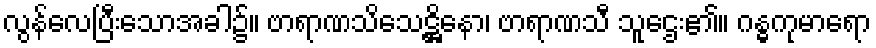
လွန်လေပြီးသောအခါ၌။ ဗာရာဏသိသေဋ္ဌိနော၊ ဗာရာဏသီ သူဌေး၏။ ဂန္ဓကုမာရော